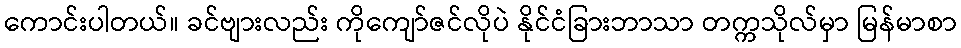
ကောင်းပါတယ်။ ခင်ဗျားလည်း ကိုကျော်ဇင်လိုပဲ နိုင်ငံခြားဘာသာ တက္ကသိုလ်မှာ မြန်မာစာ